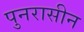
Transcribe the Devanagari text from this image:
पुनरासीन